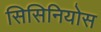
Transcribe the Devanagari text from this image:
सिसिनियोस